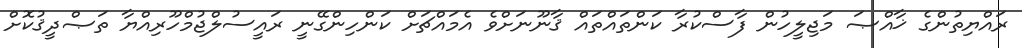
ރައްޔިތުންގެ ޚާއްޞަ މަޖިލީހުން ފާސްކުރާ ކަންތައްތައް ޤާނޫނަށްވެ އެމައްޗަށް ކަންހިންގޭނީ ރައީސުލްޖުމްހޫރިއްޔާ ތަޞްދީޤުކޮށް